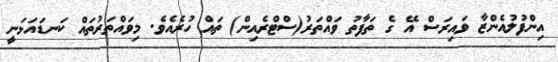
އިންފުލުއެންޒާ ވައިރަސް އޭ ގެ ތަފާތު ވައްތަރު(ސްޓްރެއިން) ތައް ހުރެއެވެ. މިވައްތަރުތައް ކަނޑައަޅަނީ